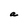
Character: a